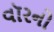
વૉરનો